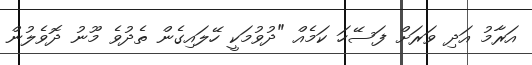
އަރާމު އަދި ވަރަށް ފަސޭހަ ކަމެއް "ދުވުމަކީ ހޭލައިގެން ތެދުވެ މޫނު ދޮވެލުން